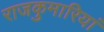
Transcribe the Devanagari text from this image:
राजकुमारियां